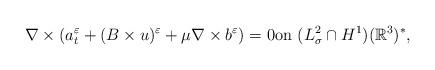
LaTeX: \begin{align*}\nabla \times (a_{t}^{\varepsilon}+(B\times u)^{\varepsilon}+\mu \nabla \times b^{\varepsilon})=0\textrm{on}\ (L^{2}_{\sigma}\cap H^{1}) (\mathbb{R}^{3})^{*},\end{align*}